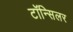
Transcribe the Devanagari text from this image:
टॉन्सिलर